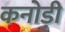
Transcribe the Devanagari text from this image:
कनोड़ी